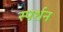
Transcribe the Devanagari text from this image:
स्पर्शन